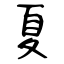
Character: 夏